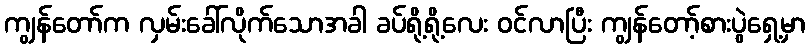
ကျွန်တော်က လှမ်းခေါ်လိုက်သောအခါ ခပ်ရို့ရို့လေး ဝင်လာပြီး ကျွန်တော့်စားပွဲရှေ့မှာ